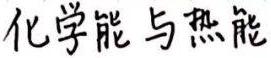
化学能与热能